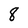
Character: 8